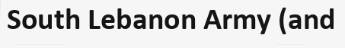
South Lebanon Army (and